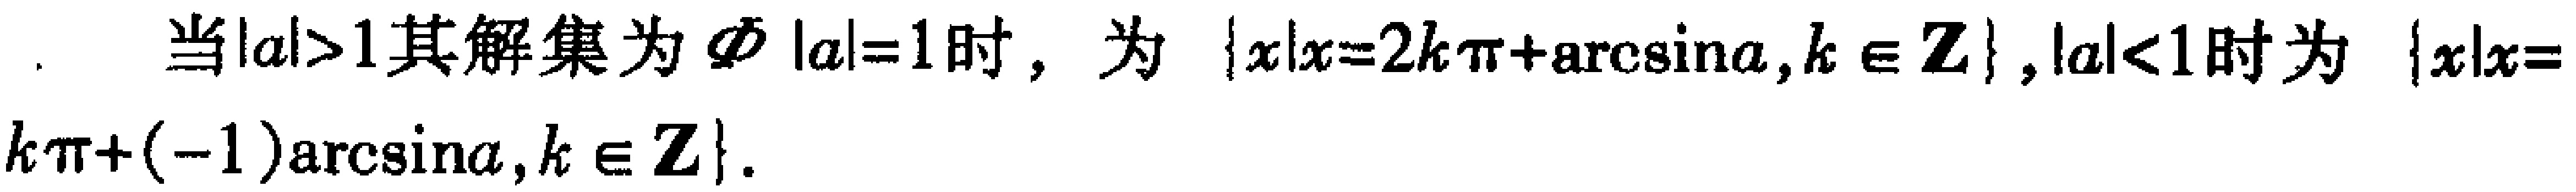
. 当\(\vert a\vert>1\)其解集为\(\varnothing\)，\(\vert a\vert = 1\)时，为\(\{x\mid x = 2k\pi+\arcsin a,k\in\mathbb{Z}\}\)，\(\vert a\vert<1\)时为\(\{x\mid x = k\pi+(-1)^k\arcsin a,k\in\mathbb{Z}\}\)。